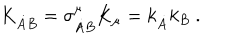
K _ { \dot { A } B } = \sigma _ { \dot { A } B } ^ { \mu } K _ { \mu } = k _ { \dot { A } } k _ { B } \ .